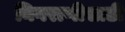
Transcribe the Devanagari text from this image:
निगराणीसाठी